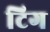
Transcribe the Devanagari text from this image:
टिग